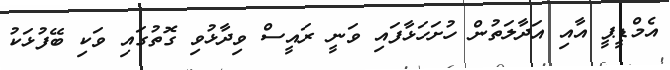
އެމްޑީޕީ އާއި އަދާލަތުން ހުށަހަޅާފައި ވަނީ ރައީސް ވިދާޅުވި ގޮތުގައި ވަކި ބޭފުޅަކު